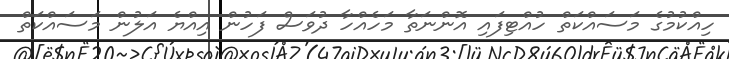
ހިއްކުމުގެ މަސައްކަތް ހުއްޓިފައި އޮންނަތާ މަހެއްހާ ދުވަސް ފަހުން އިއްޔެ އަލުން މަސައްކަތް